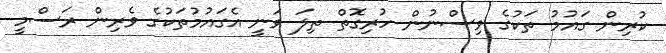
ކުރިން ގައުމު ތަކުގެ ވިސްނުން ހުރިގޮތް ތިލަ ވަނީ އެގައުމުތަކުގެ ވެރިން ރަސްމީ